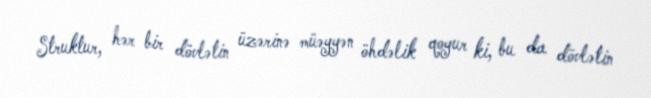
Struktur, hər bir dövlətin üzərinə müəyyən öhdəlik qoyur ki, bu da dövlətin